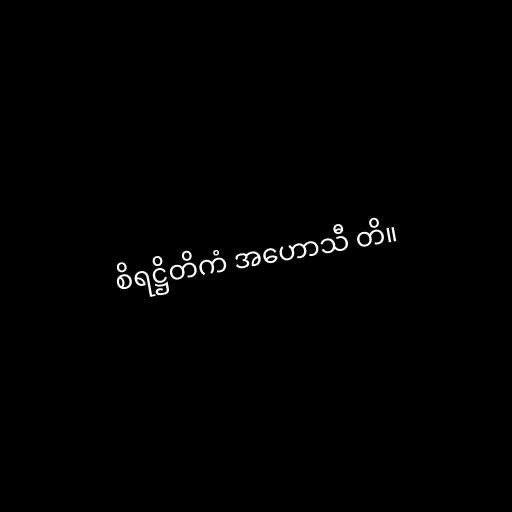
စိရဋ္ဌိတိကံ အဟောသီ တိ။